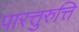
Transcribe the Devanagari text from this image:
पारत्तुरुत्ति